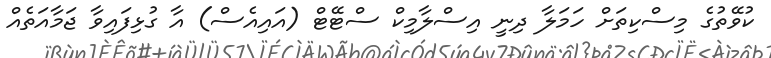
ކުވޭތުގެ މިސްކިތަށް ހަމަލާ ދިނީ އިސްލާމިކް ސްޓޭޓް (އައިއެސް) އާ ގުޅިފައިވާ ޖަމާއަތެއް